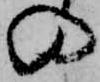
の